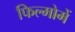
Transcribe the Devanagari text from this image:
फिल्मोमें